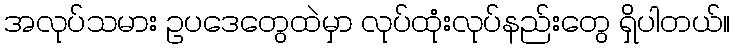
အလုပ်သမား ဥပဒေတွေထဲမှာ လုပ်ထုံးလုပ်နည်းတွေ ရှိပါတယ်။